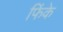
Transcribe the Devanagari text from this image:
फिंके